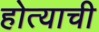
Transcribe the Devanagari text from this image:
होत्याची